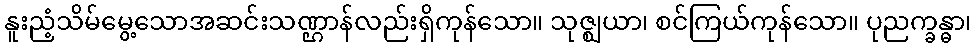
နူးညံ့သိမ်မွေ့သောအဆင်းသဏ္ဌာန်လည်းရှိကုန်သော။ သုဇ္ဈယာ၊ စင်ကြယ်ကုန်သော။ ပုညက္ခန္ဓာ၊